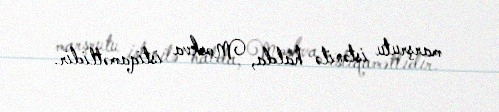
marşrutu istənilə halda, Moskva istiqamətlidir.